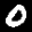
Label: 0